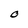
Character: 0